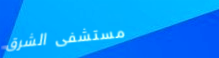
مستشفى الشرق